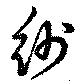
紗